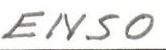
ENSO